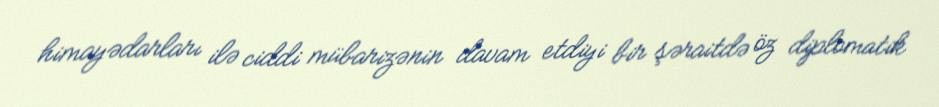
himayədarları ilə ciddi mübarizənin davam etdiyi bir şəraitdə öz diplomatik